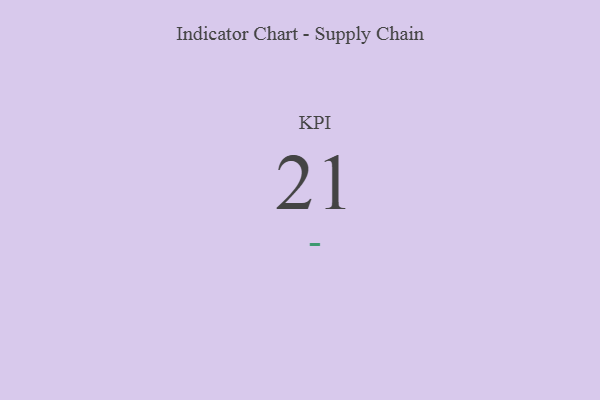
{"axis": {"x": "KPI", "y": "Value"}, "legend": [""], "data": [{"x": "KPI", "y": 21, "type": ""}]}